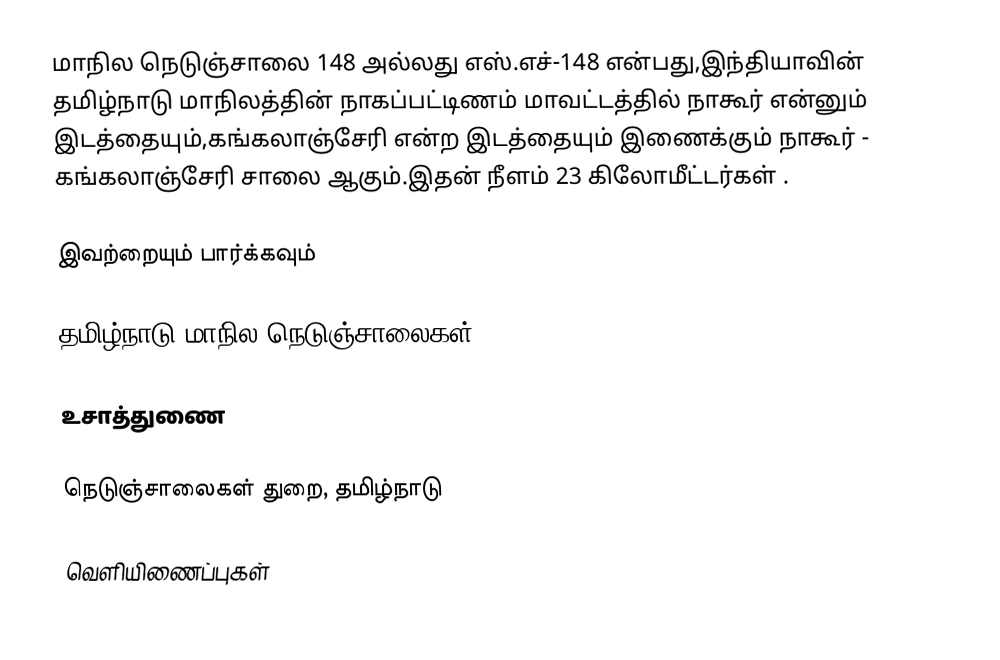
மாநில நெடுஞ்சாலை 148 அல்லது எஸ்.எச்-148  என்பது,இந்தியாவின் தமிழ்நாடு மாநிலத்தின்  நாகப்பட்டிணம் மாவட்டத்தில்  நாகூர்  என்னும் இடத்தையும்,கங்கலாஞ்சேரி  என்ற இடத்தையும் இணைக்கும் நாகூர் - கங்கலாஞ்சேரி சாலை ஆகும்.இதன் நீளம் 23  கிலோமீட்டர்கள் .

இவற்றையும் பார்க்கவும்

 தமிழ்நாடு மாநில நெடுஞ்சாலைகள்

உசாத்துணை

 நெடுஞ்சாலைகள் துறை, தமிழ்நாடு

வெளியிணைப்புகள்